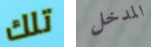
تلك المدخل